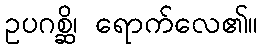
ဥပဂစ္ဆိ၊ ရောက်လေ၏။